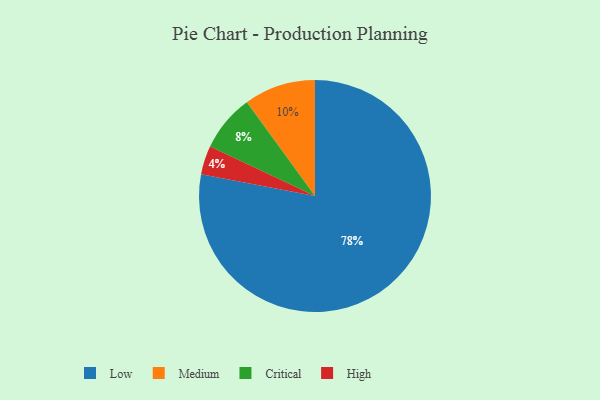
{"axis": {"x": "Category", "y": "Percentage"}, "legend": ["Critical", "High", "Low", "Medium"], "data": [{"x": "High", "y": 4, "type": "High"}, {"x": "Critical", "y": 8, "type": "Critical"}, {"x": "Medium", "y": 10, "type": "Medium"}, {"x": "Low", "y": 78, "type": "Low"}]}